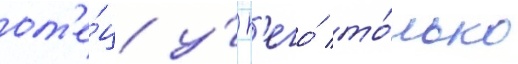
от'е́ц у́ н'его́ то́лько